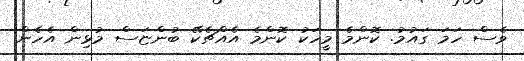
ވެސް ހަމަ ގައުމު. ކޮންމެ މީހަކު ކޮންމެ އެއްޗެކޭ ބުންޏަސް މުޅިން އެހެން